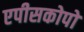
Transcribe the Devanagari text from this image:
एपीसकोपो